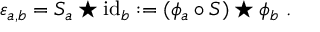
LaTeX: \varepsilon _ { a , b } = S _ { a } \star \mathrm { i d } _ { b } : = ( \phi _ { a } \circ S ) \star \phi _ { b } ~ .